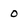
Character: 0